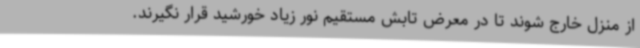
از منزل خارج شوند تا در معرض تابش مستقیم نور زیاد خورشید قرار نگیرند.